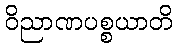
ဝိညာဏပစ္စယာတိ